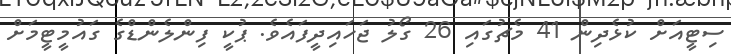
ސިޓީއަށް ކުޅެދިން 41 މެޗުގައި 26 ގޯލު ޖަހައިދީފައެވެ. ޕުކީ ފިންލެންޑްގެ ގައުމީޓީމަށް